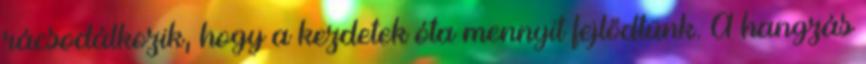
rácsodálkozik, hogy a kezdetek óta mennyit fejlődtünk. A hangzás